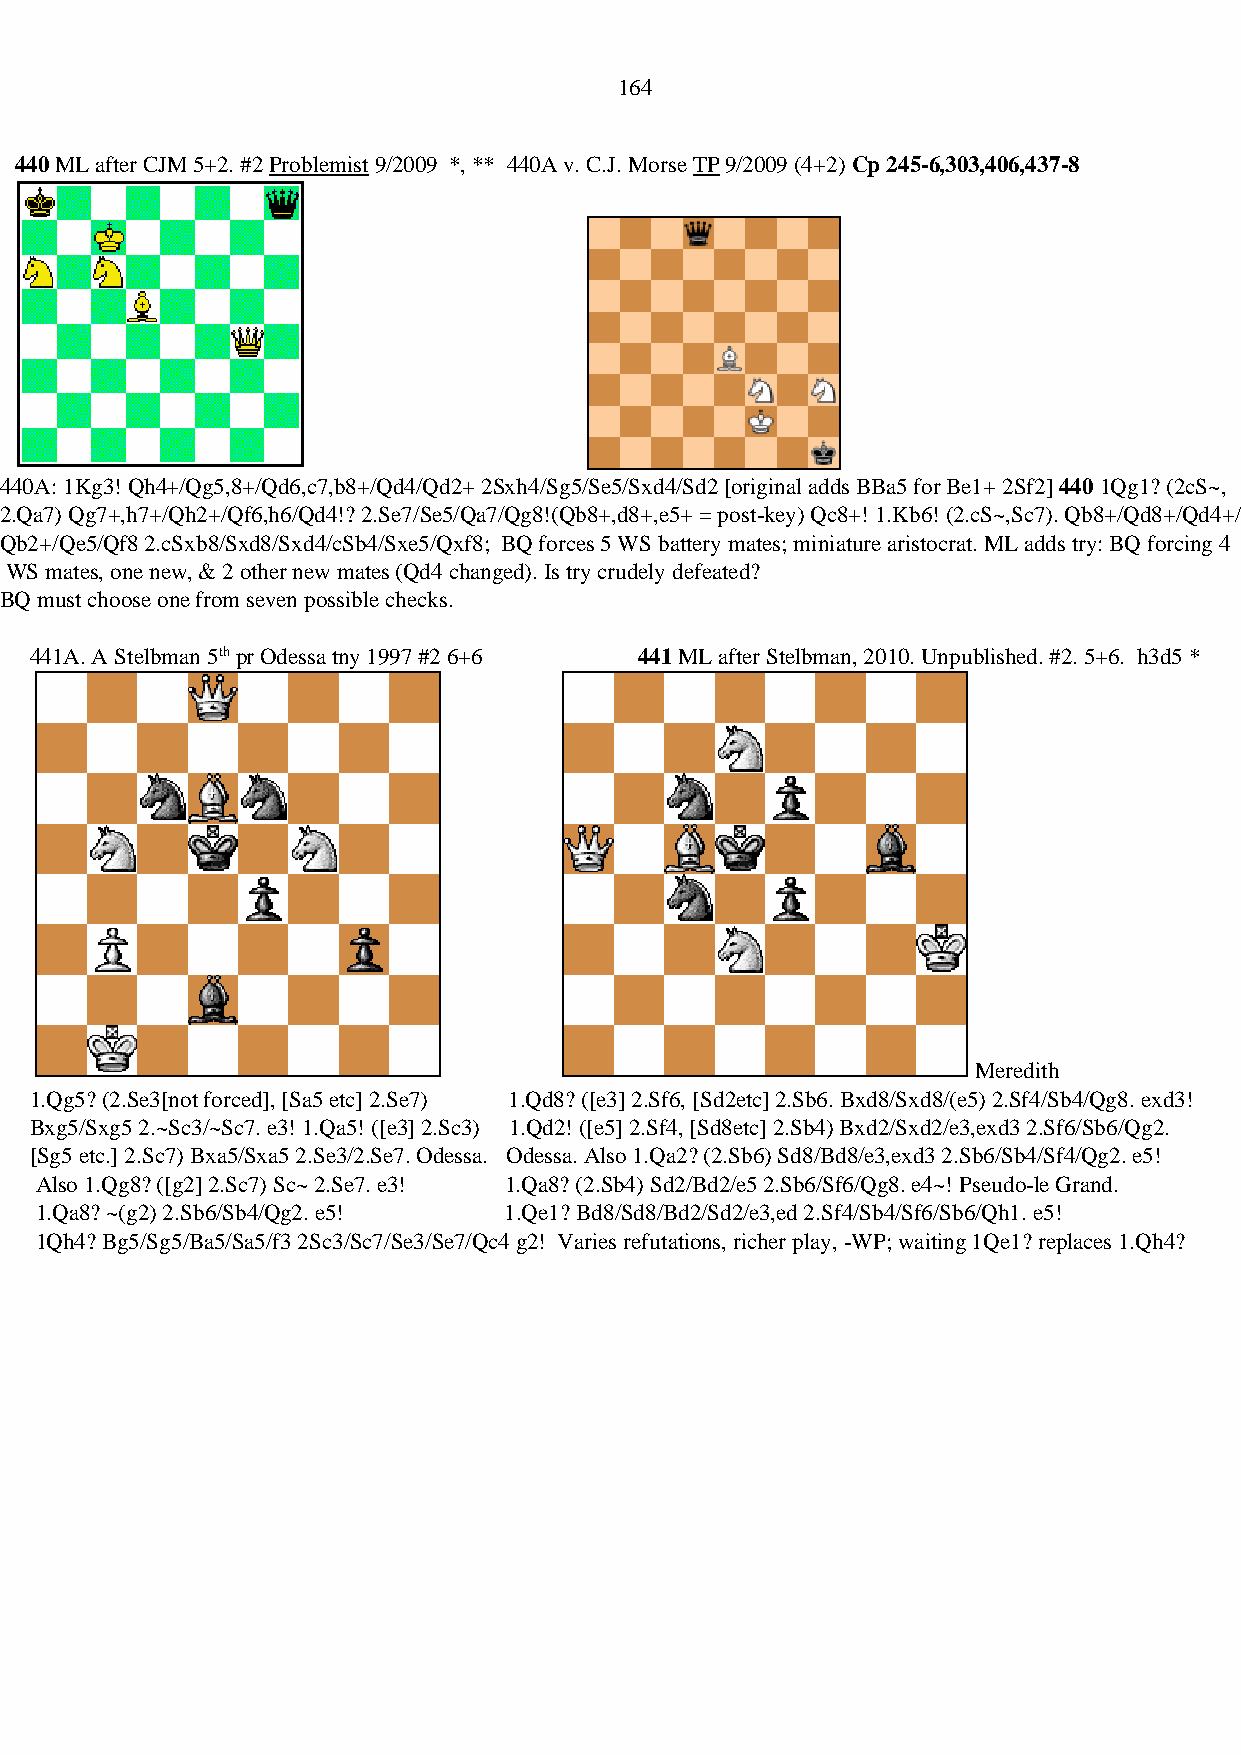
164
 440 ML after CJM 5+2. #2 Problemist 9/2009 *, ** 440A v. C.J. Morse TP 9/2009 (4+2) Cp 245-6,303,406,437-8
 440A: 1Kg3! Qh4+/Qg5,8+/Qd6,c7,b8+/Qd4/Qd2+ 2Sxh4/Sg5/Se5/Sxd4/Sd2 [original adds BBa5 for Be1+ 2Sf2] 440 1Qg1? (2cS~,
 2.Qa7) Qg7+,h7+/Qh2+/Qf6,h6/Qd4!? 2.Se7/Se5/Qa7/Qg8!(Qb8+,d8+,e5+ = post-key) Qc8+! 1.Kb6! (2.cS~,Sc7). Qb8+/Qd8+/Qd4+/
 Qb2+/Qe5/Qf8 2.cSxb8/Sxd8/Sxd4/cSb4/Sxe5/Qxf8; BQ forces 5 WS battery mates; miniature aristocrat. ML adds try: BQ forcing 4
 WS mates, one new, & 2 other new mates (Qd4 changed). Is try crudely defeated?
 BQ must choose one from seven possible checks.
 441A. A Stelbman 5th pr Odessa tny 1997 #2 6+6 441 ML after Stelbman, 2010. Unpublished. #2. 5+6. h3d5 *
 Meredith
 1.Qg5? (2.Se3[not forced], [Sa5 etc] 2.Se7) 1.Qd8? ([e3] 2.Sf6, [Sd2etc] 2.Sb6. Bxd8/Sxd8/(e5) 2.Sf4/Sb4/Qg8. exd3!
 Bxg5/Sxg5 2.~Sc3/~Sc7. e3! 1.Qa5! ([e3] 2.Sc3) 1.Qd2! ([e5] 2.Sf4, [Sd8etc] 2.Sb4) Bxd2/Sxd2/e3,exd3 2.Sf6/Sb6/Qg2.
 [Sg5 etc.] 2.Sc7) Bxa5/Sxa5 2.Se3/2.Se7. Odessa. Odessa. Also 1.Qa2? (2.Sb6) Sd8/Bd8/e3,exd3 2.Sb6/Sb4/Sf4/Qg2. e5!
 Also 1.Qg8? ([g2] 2.Sc7) Sc~ 2.Se7. e3! 1.Qa8? (2.Sb4) Sd2/Bd2/e5 2.Sb6/Sf6/Qg8. e4~! Pseudo-le Grand.
 1.Qa8? ~(g2) 2.Sb6/Sb4/Qg2. e5! 1.Qe1? Bd8/Sd8/Bd2/Sd2/e3,ed 2.Sf4/Sb4/Sf6/Sb6/Qh1. e5!
 1Qh4? Bg5/Sg5/Ba5/Sa5/f3 2Sc3/Sc7/Se3/Se7/Qc4 g2! Varies refutations, richer play, -WP; waiting 1Qe1? replaces 1.Qh4?